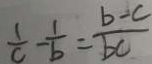
\frac { 1 } { c } - \frac { 1 } { b } = \frac { b - c } { b c }